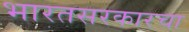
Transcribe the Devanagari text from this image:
भारतसरकारचा